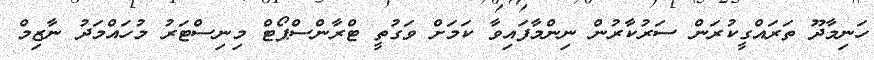
ހަނިމާދޫ ތަރައްގީކުރަން ސަރުކާރުން ނިންމާފައިވާ ކަމަށް ވަގުތީ ޓްރާންސްޕޯޓް މިނިސްޓަރު މުހައްމަދު ނާޒިމް